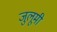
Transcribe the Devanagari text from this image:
जुलूमी